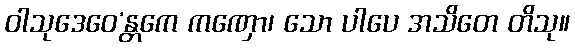
ဝါသုဒေဝေ’န္တကေ ကဏှော၊ သော ပါပေ အသိတေ တိသု။